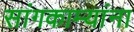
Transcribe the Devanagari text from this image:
सांगकाम्यांना